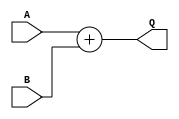
module Adder_param #(parameter LENGTH = 32)(
	input [LENGTH-1:0]A,
	input [LENGTH-1:0]B,
	output reg [LENGTH-1:0]Q
	);

initial 
	begin
		Q <= 32'h00000000;
	end
	
always @*
				Q <= A + B;
endmodule